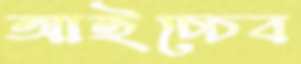
আইচ্চেব